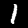
Digit: 1